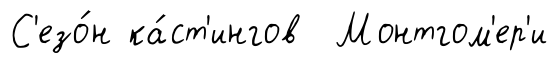
С'езо́н ка́ст'ингов Монтгом'ер'и